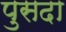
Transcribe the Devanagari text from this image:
पुसदा